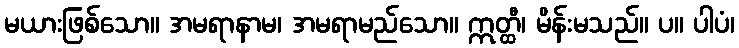
မယားဖြစ်သော။ အမရာနာမ၊ အမရာမည်သော။ ဣတ္ထီ၊ မိန်းမသည်။ ပ။ ပါပံ၊